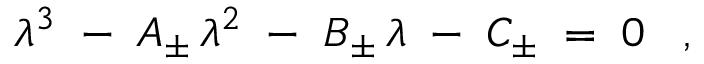
\lambda ^ { 3 } \; - \; A _ { \pm } \, \lambda ^ { 2 } \; - \; B _ { \pm } \, \lambda \; - \; C _ { \pm } \; = \; 0 \; \; \; ,